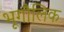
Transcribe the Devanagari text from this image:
भूगौलिक